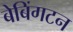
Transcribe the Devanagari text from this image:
बेबिंगटन